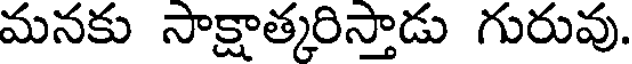
మనకు సాక్షాత్కరిస్తాడు గురువు.